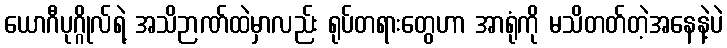
ယောဂီပုဂ္ဂိုလ်ရဲ့ အသိဉာဏ်ထဲမှာလည်း ရုပ်တရားတွေဟာ အာရုံကို မသိတတ်တဲ့အနေနဲ့ပဲ